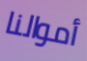
أموالنا